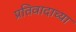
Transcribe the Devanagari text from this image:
प्रतिवादाच्या